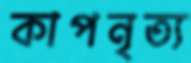
কাপনৃত্য